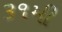
૩૧મી